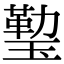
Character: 𤨙